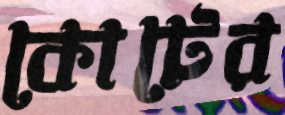
কোটের